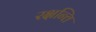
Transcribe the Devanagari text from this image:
रक्षन्ति